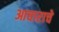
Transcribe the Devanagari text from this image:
आचाराचे